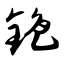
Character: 铯